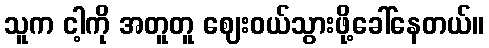
သူက ငါ့ကို အတူတူ ဈေးဝယ်သွားဖို့ခေါ်နေတယ်။